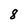
Character: 8